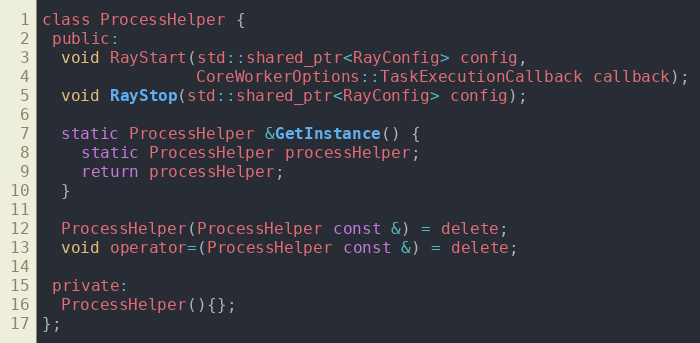
Language: C
class ProcessHelper {
 public:
  void RayStart(std::shared_ptr<RayConfig> config,
                CoreWorkerOptions::TaskExecutionCallback callback);
  void RayStop(std::shared_ptr<RayConfig> config);

  static ProcessHelper &GetInstance() {
    static ProcessHelper processHelper;
    return processHelper;
  }

  ProcessHelper(ProcessHelper const &) = delete;
  void operator=(ProcessHelper const &) = delete;

 private:
  ProcessHelper(){};
};